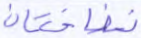
نضاختان